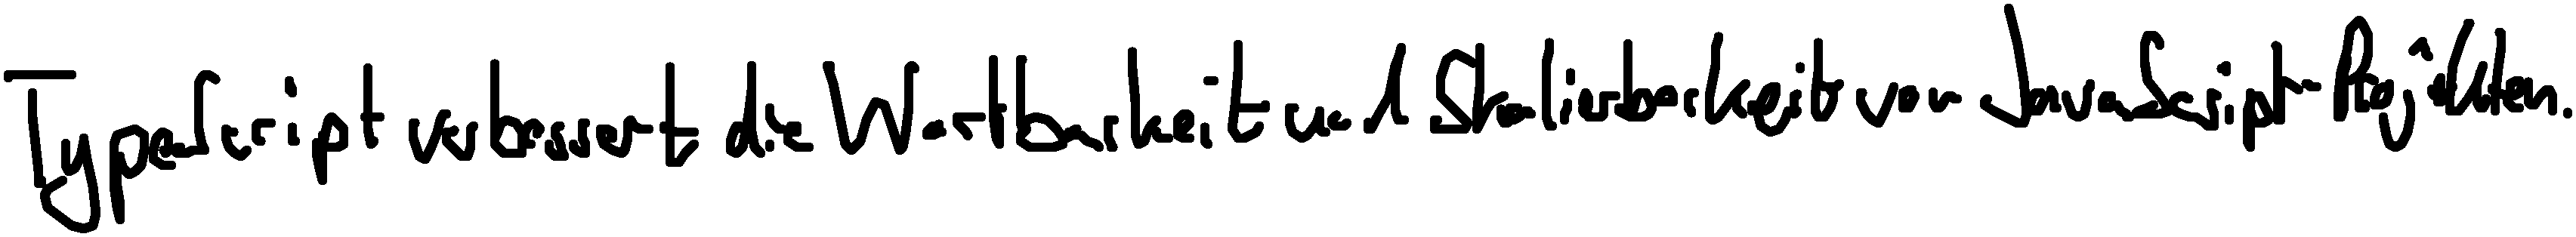
TypeScript verbessert die Wartbarkeit und Skalierbarkeit von JavaScript-Projekten.